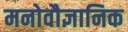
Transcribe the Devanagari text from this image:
मनोवौज्ञानिक